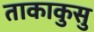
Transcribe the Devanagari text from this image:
ताकाकुसु